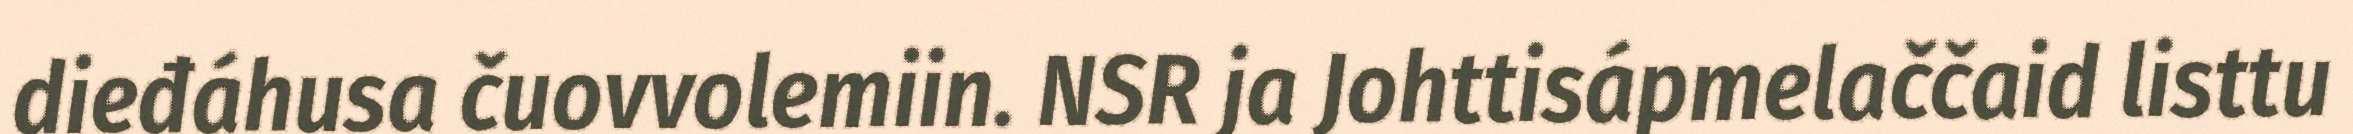
dieđáhusa čuovvolemiin. NSR ja Johttisápmelaččaid listtu